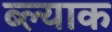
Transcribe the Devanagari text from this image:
ब्ल्याक